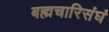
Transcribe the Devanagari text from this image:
बह्मचारिसंघं